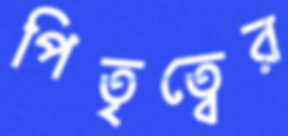
পিতৃত্বের